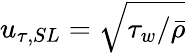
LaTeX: u_{\tau,SL}=\sqrt{\tau_{w}/\bar{\rho}}